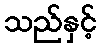
သည်နှင့်